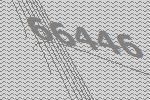
66446